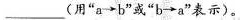
___(用”a \to b”或”b \to a”表示)。